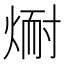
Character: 𪹅